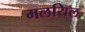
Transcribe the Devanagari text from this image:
मलयिल